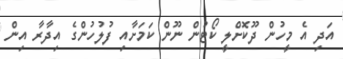
އަދި އެ މީހުން ދޫކޮށްލީ ކޯޓުން ނޫން ކަމަށާއި ފުލުހުންގެ އިދާރާ އިން